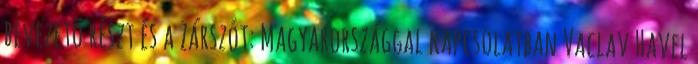
bevezetõ részt és a Zárszót: Magyarországgal kapcsolatban Vaclav Havel